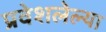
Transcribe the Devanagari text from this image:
प्रवेशलेल्या